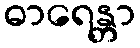
ဓာရေန္တာ